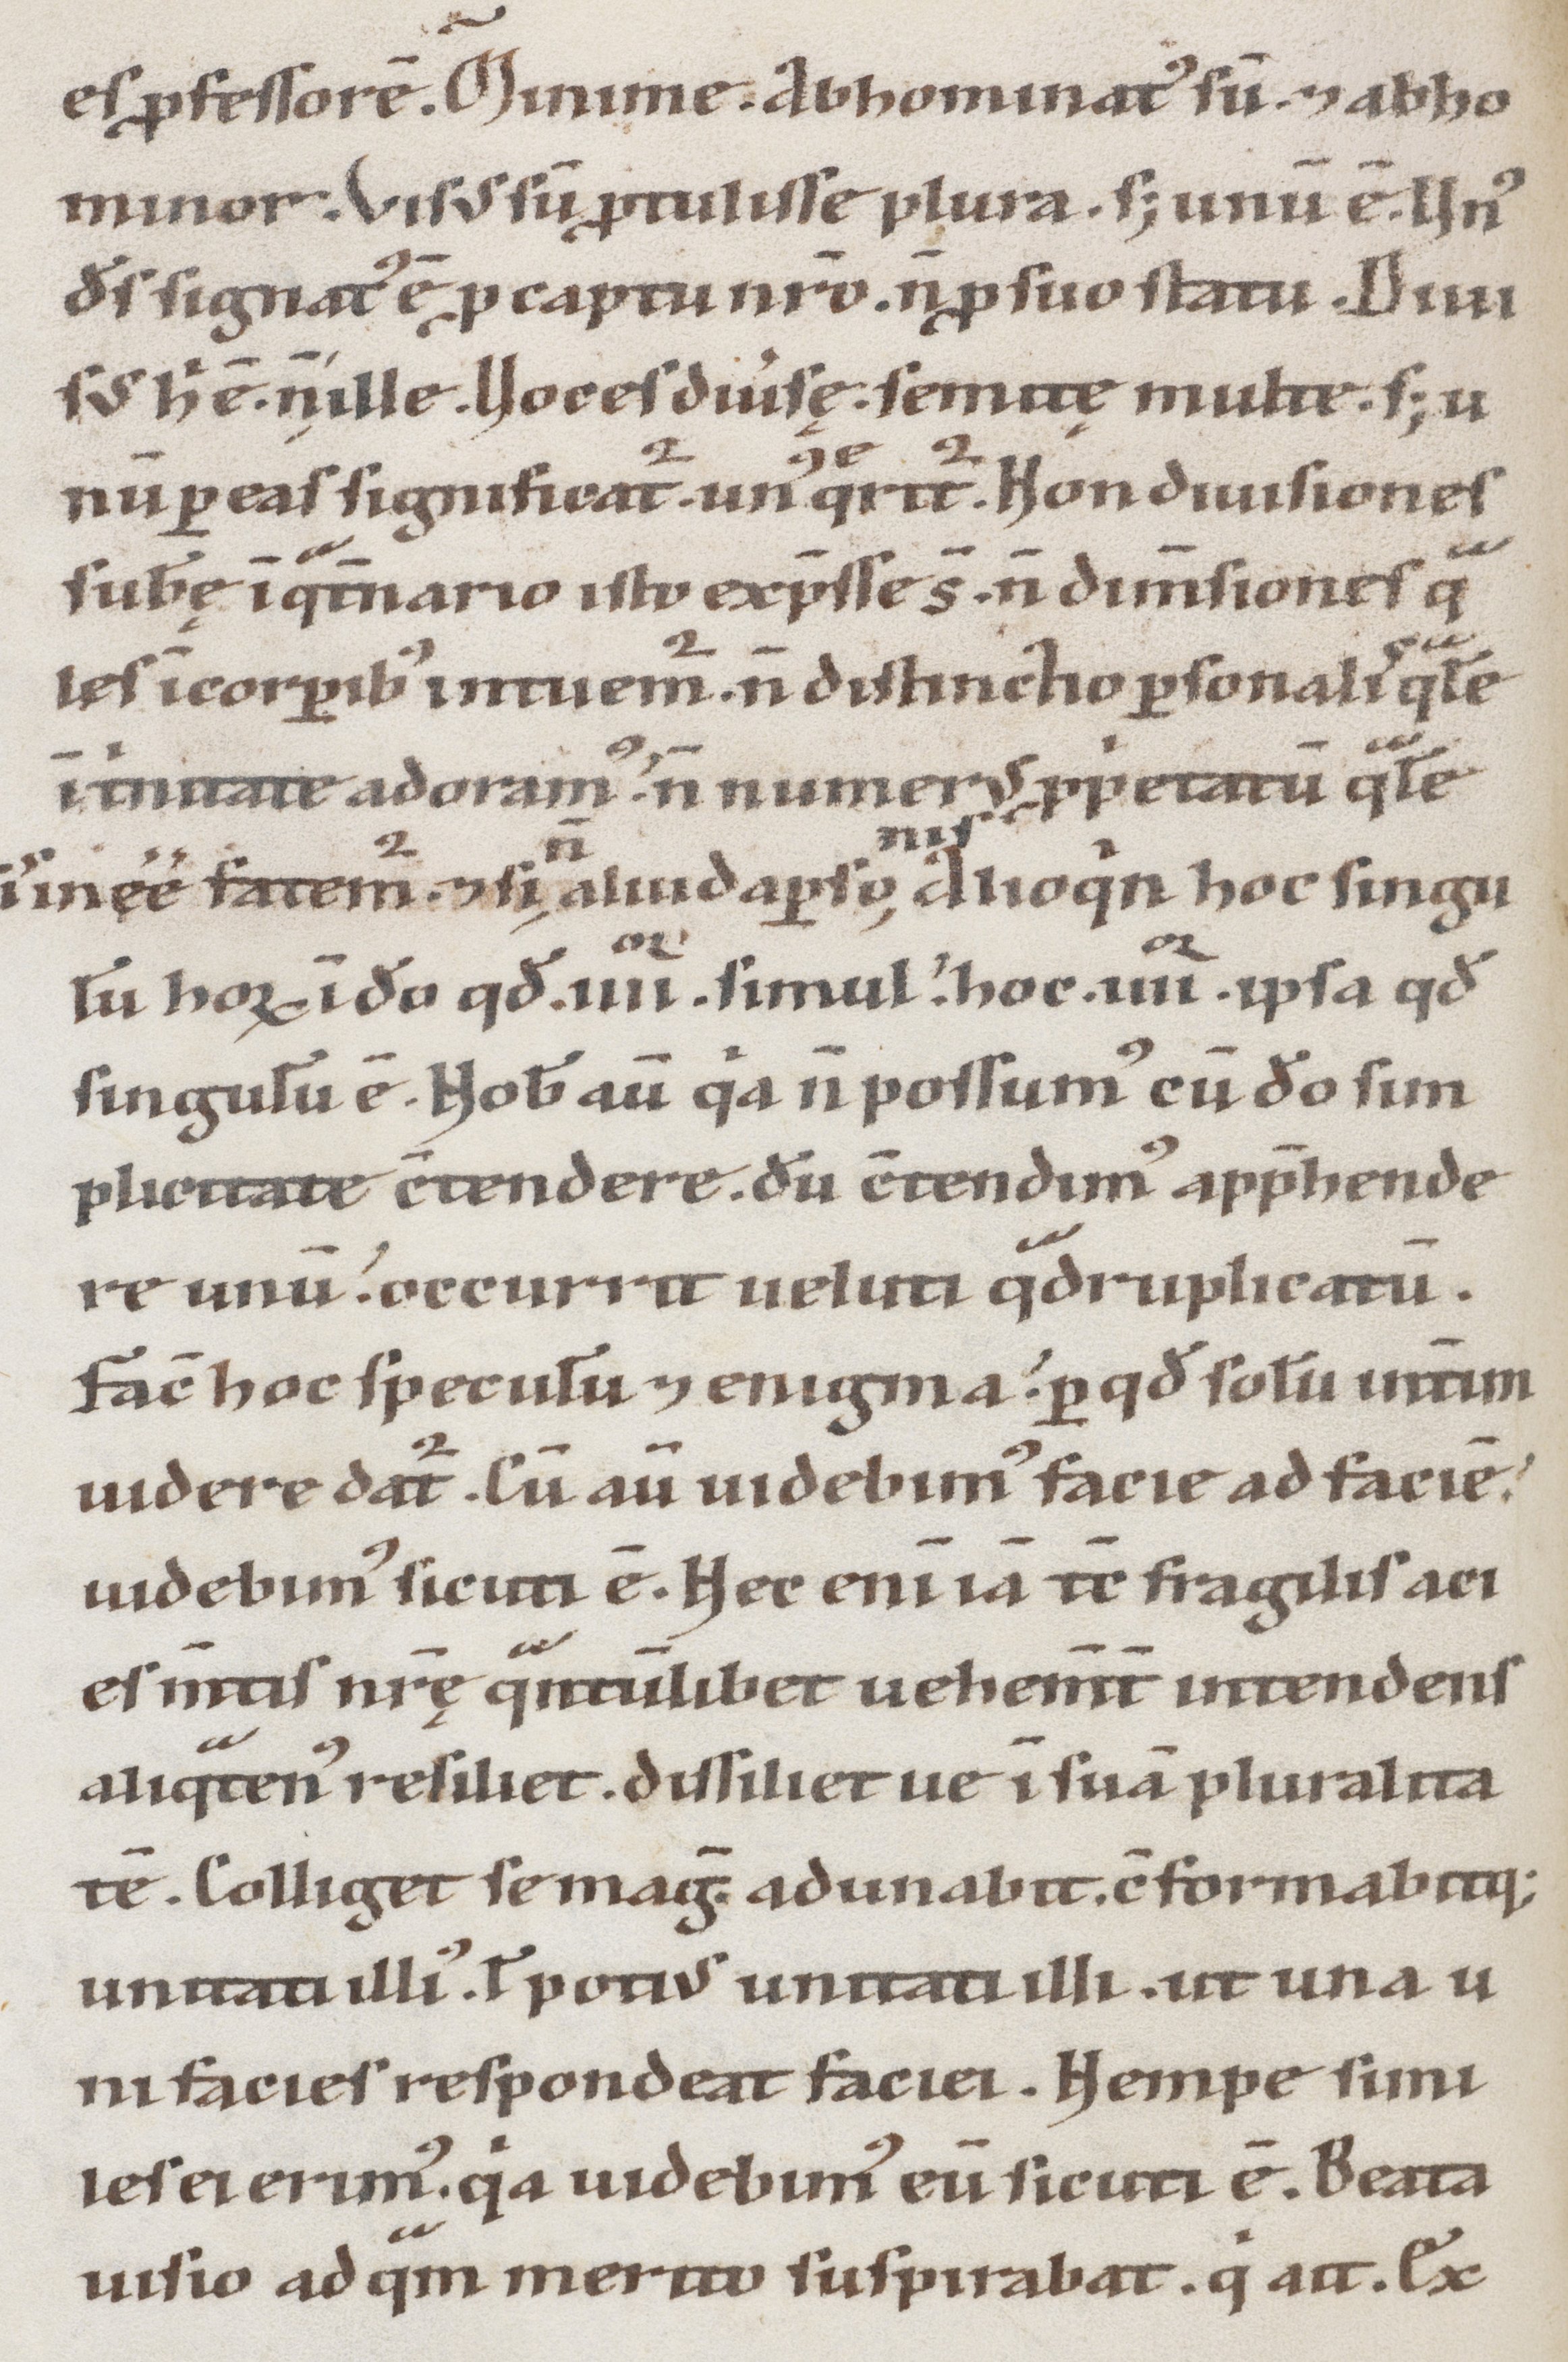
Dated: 1100–1199